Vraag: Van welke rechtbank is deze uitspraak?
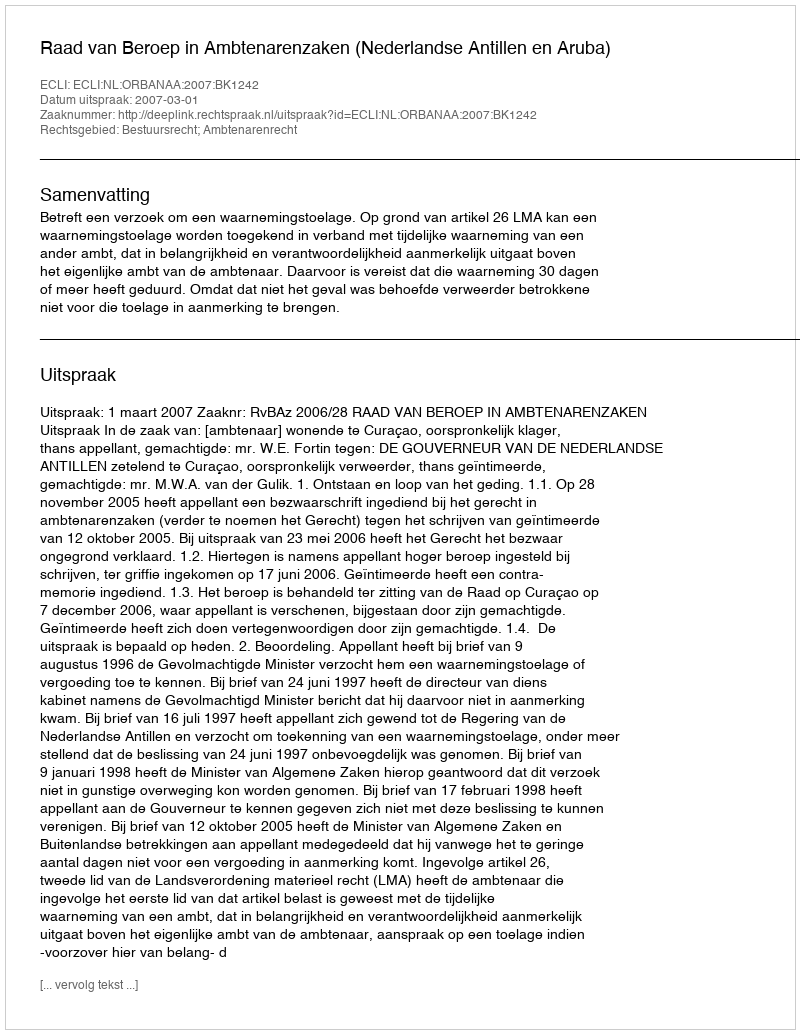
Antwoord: Raad van Beroep in Ambtenarenzaken (Nederlandse Antillen en Aruba)